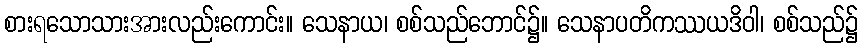
စားရသောသားအားလည်းကောင်း။ သေနာယ၊ စစ်သည်ဘောင်၌။ သေနာပတိကဿယဒိဝါ၊ စစ်သည်၌